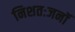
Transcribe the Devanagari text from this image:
निशतःजनॉ